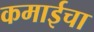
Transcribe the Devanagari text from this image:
कमाईचा